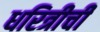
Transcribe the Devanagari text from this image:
धरित्रीची